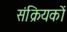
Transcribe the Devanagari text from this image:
संक्रियकों